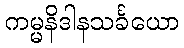
ကမ္မနိဒါနသင်္ခယော